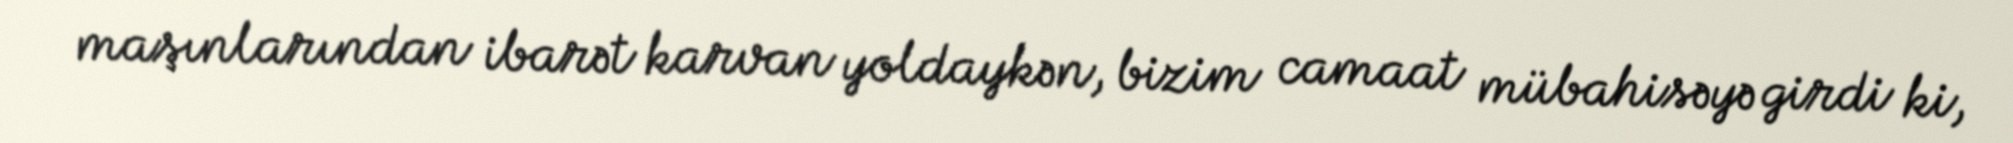
maşınlarından ibarət karvan yoldaykən, bizim camaat mübahisəyə girdi ki,